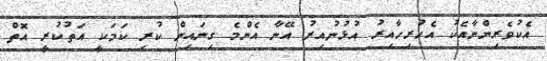
އެކުވެރިންނާއެކު އެހުރިހާއިރު އުޅުނުއިރު އޭނާ އެންމެ ގިނައިން ކުރި ކަމަކީ އަތުކުރީ އޮތް